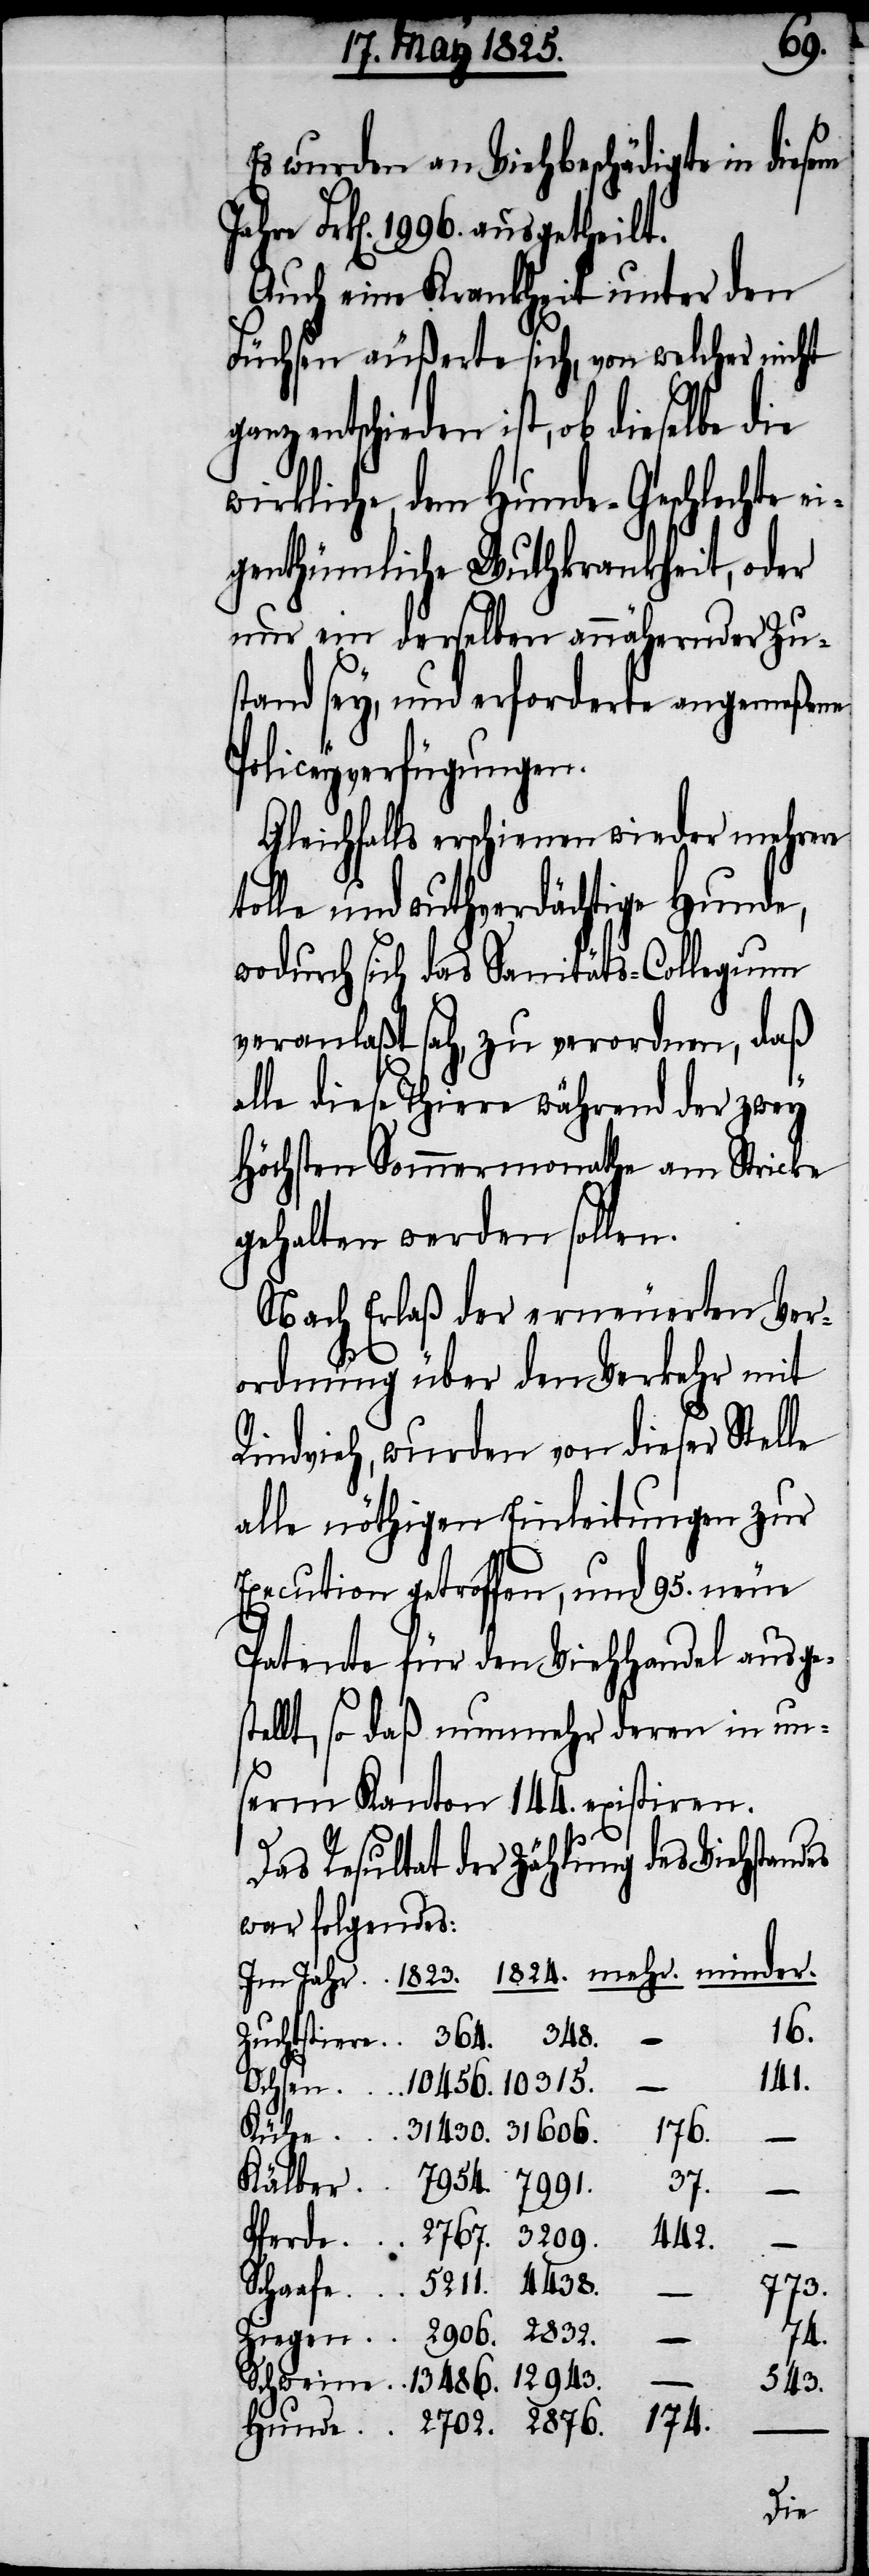
3209.
Es wurden an Viehbeschädigte in diesem
Frk[en]. 1996. ausgetheilt.
Auch eine Krankheit unter den
Füchsen äußerte sich, von welcher nicht
entschieden ist, ob dieselbe die
wirkliche, dem Hunde-Geschlechte
genthümliche Wuthkrankheit, oder
nur ein derselben annähernder Zu¬
stand sey, und erforderte angemeßene
Policeyverfügungen.
Gleichfalls erschienen wieder mehrere
tolle und wuthverdächtige Hunde,
wodurch sich das Sanitäts-Collegium
veranlaßt sah, zu verordnen, daß
alle diese Thiere während der zwey
höchsten Sommermonathe am Stricke
gehalten werden sollen.
Nach Erlaß der erneuerten Ver¬
ordnung über den Verkehr mit
Rindvieh, wurden von dieser Stelle
alle nöthigen Einleitungen zur
Execution getroffen, und 95. neue
Patente für den Viehhandel ausge¬
stellt, so daß nunmehr deren in un¬
serm Kanton 144. existiren.
Das Resultat der Zählung des Viehstandes
war folgendes:
16.
141.
2876.
37.
4438.
773.
74.
2702.
Ziegen
Schweine
543.
174.
Hunde